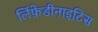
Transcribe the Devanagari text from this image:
लिंफ़ेडीनाइटिस